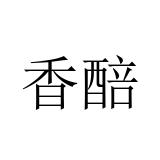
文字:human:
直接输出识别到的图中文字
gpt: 香醅